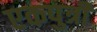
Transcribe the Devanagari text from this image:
एकपुत्री